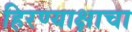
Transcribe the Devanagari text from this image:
हिरण्याक्षाचा